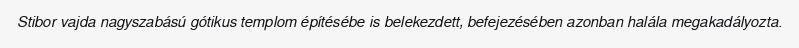
Stibor vajda nagyszabású gótikus templom építésébe is belekezdett, befejezésében azonban halála megakadályozta.